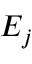
E _ { j }